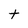
Character: t